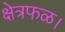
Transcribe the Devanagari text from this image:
क्षेत्रफळ।